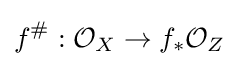
f^{\#}:{\mathcal {O}}_{X}\rightarrow f_{\ast }{\mathcal {O}}_{Z}